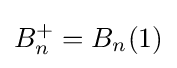
B_{n}^{+}=B_{n}(1)